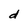
Character: d